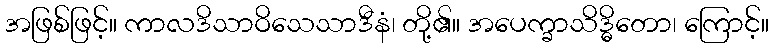
အဖြစ်ဖြင့်။ ကာလဒိသာဝိသေသာဒီနံ၊ တို့၏။ အပေက္ခာသိဒ္ဓိတော၊ ကြောင့်။